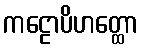
ကဠောပိဟတ္ထော